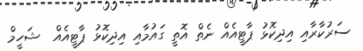
ސަރުކާރާއި އިދިކޮޅު ޕާޓީއެއް ނެތް އޮތީ ގައުމާއި އިދިކޮޅު ޕާޓީއެއް  ޝަހީމް